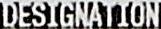
DESIGNATION